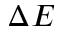
\Delta E